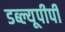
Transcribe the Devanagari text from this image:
डब्ल्यूपीपी